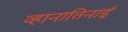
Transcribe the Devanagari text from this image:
व्हानातिनाई